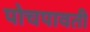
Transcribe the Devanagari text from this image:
पोचपावती